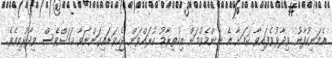
އެމަނިކުފާނު ވިދާޅުވެފައިވާ ކަމަށާ އެ ނިންމެވުމަށް އިހުތިރާމު ކުރައްވަން ޖެހިވަޑައިގަންނަވާ ކަމަށްވެސް ވިދާޅުވިއެވެ.